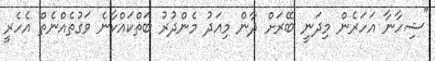
"ޝިހާނާ އަހަރެން މިދަނީ ބޭރަށް ދާން މިއަދު މެންދުރު ބަތްކައްކާނެ ވަގުތެއްނެތް އެހެރީ